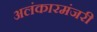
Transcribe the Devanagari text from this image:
अलंकारमंजरी